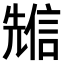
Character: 𠒷